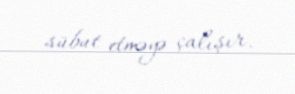
sübut etməyə çalışır.